Lunatic asylums Bombay report 1878-1890 - 1878-1890
Year: 1878
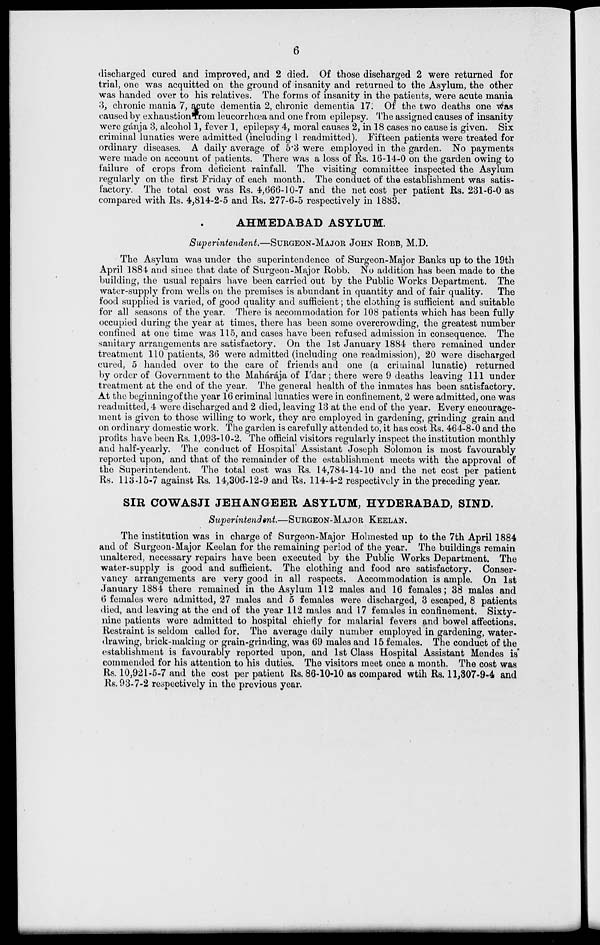
6
discharged cured and improved, and 2 died. Of those discharged 2 were returned for
trial, one was acquitted on the ground of insanity and returned to the Asylum, the other
was handed over to his relatives. The forms of insanity in the patients, were acute mania
3, chronic mania 7, acute dementia 2, chronic dementia 17. Of the two deaths one was
caused by exhaustion from leucorrhœa and one from epilepsy. The assigned causes of insanity
were gánja 3, alcohol 1, fever 1, epilepsy 4, moral causes 2, in 18 cases no cause is given. Six
criminal lunatics were admitted (including 1 readmitted). Fifteen patients were treated for
ordinary diseases. A daily average of 5.3 were employed in the garden. No payments
were made on account of patients. There was a loss of Rs. 16-14-0 on the garden owing to
failure of crops from deficient rainfall. The visiting committee inspected the Asylum
regularly on the first Friday of each month. The conduct of the establishment was satis-
factory. The total cost was Rs. 4,666-10-7 and the net cost per patient Rs. 231-6-0 as
compared with Rs. 4,814-2-5 and Rs. 277-6-5 respectively in 1883.
AHMEDABAD ASYLUM.
Superintendent.—SURGEON-MAJOR JOHN ROBB, M.D.
The Asylum was under the superintendence of Surgeon-Major Banks up to the 19th
April 1884 and since that date of Surgeon-Major Robb. No addition has been made to the
building, the usual repairs have been carried out by the Public Works Department. The
water-supply from wells on the premises is abundant in quantity and of fair quality. The
food supplied is varied, of good quality and sufficient; the clothing is sufficient and suitable
for all seasons of the year. There is accommodation for 108 patients which has been fully
occupied during the year at times, there has been some overcrowding, the greatest number
confined at one time was 115, and cases have been refused admission in consequence. The
sanitary arrangements are satisfactory. On the 1st January 1884 there remained under
treatment 110 patients, 36 were admitted (including one readmission), 20 were discharged
cured, 5 handed over to the care of friends and one (a criminal lunatic) returned
by order of Government to the Mahárája of I'dar; there were 9 deaths leaving 111 under
treatment at the end of the year. The general health of the inmates has been satisfactory.
At the beginning of the year 16 criminal lunatics were in confinement, 2 were admitted, one was
readmitted, 4 were discharged and 2 died, leaving 13 at the end of the year. Every encourage-
ment is given to those willing to work, they are employed in gardening, grinding grain and
on ordinary domestic work. The garden is carefully attended to, it has cost Rs. 464-8-0 and the
profits have been Rs. 1,093-10-2. The official visitors regularly inspect the institution monthly
and half-yearly. The conduct of Hospital Assistant Joseph Solomon is most favourably
reported upon, and that of the remainder of the establishment meets with the approval of
the Superintendent. The total cost was Rs. 14,784-14-10 and the net cost per patient
Rs. 113-15-7 against Rs. 14,306-12-9 and Rs. 114-4-2 respectively in the preceding year.
SIR COWASJI JEHANGEER ASYLUM, HYDERABAD, SIND.
Superintendent.—SURGEON-MAJOR KEELAN.
The institution was in charge of Surgeon-Major Holmested up to the 7th April 1884
and of Surgeon-Major Keelan for the remaining period of the year. The buildings remain
unaltered, necessary repairs have been executed by the Public Works Department. The
water-supply is good and sufficient. The clothing and food are satisfactory. Conser-
vancy arrangements are very good in all respects. Accommodation is ample. On 1st
January 1884 there remained in the Asylum 112 males and 16 females; 38 males and
6 females were admitted, 27 males and 5 females were discharged, 3 escaped, 8 patients
died, and leaving at the end of the year 112 males and 17 females in confinement. Sixty-
nine patients were admitted to hospital chiefly for malarial fevers and bowel affections.
Restraint is seldom called for. The average daily number employed in gardening, water-
drawing, brick-making or grain-grinding, was 69 males and 15 females. The conduct of the
establishment is favourably reported upon, and 1st Class Hospital Assistant Mendes is
commended for his attention to his duties. The visitors meet once a month. The cost was
Rs. 10,921-5-7 and the cost per patient Rs. 86-10-10 as compared wtih Rs. 11,307-9-4 and
Rs. 93-7-2 respectively in the previous year.